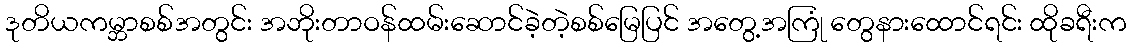
ဒုတိယကမ္ဘာစစ်အတွင်း အဘိုးတာဝန်ထမ်းဆောင်ခဲ့တဲ့စစ်မြေပြင် အတွေ့အကြုံ တွေနားထောင်ရင်း ထိုခရီးက